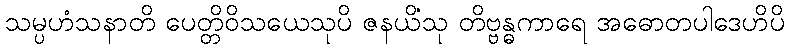
သမ္ပဟံသနာတိ ပေတ္တိဝိသယေသုပိ ဇနယိံသု တိဗ္ဗန္ဓကာရေ အဓောတပါဒေဟိပိ